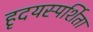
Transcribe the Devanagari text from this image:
हृदयस्पर्शिता